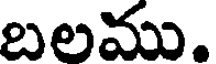
బలము.